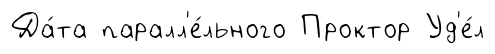
Да́та паралл'е́льного Проктор Уд'е́л